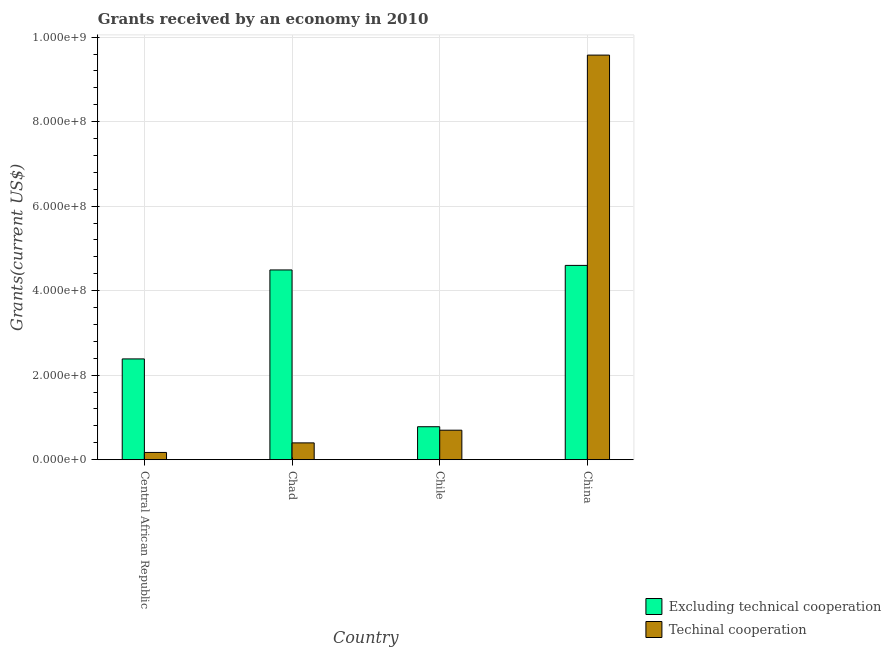
| Country | Excluding technical cooperation | Techinal cooperation |
 | --- | --- | --- |
 | Central African Republic | 2.38e+08 | 1.72e+07 |
 | Chad | 4.49e+08 | 3.98e+07 |
 | Chile | 7.8e+07 | 6.98e+07 |
 | China | 4.6e+08 | 9.57e+08 |